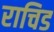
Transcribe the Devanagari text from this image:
राचिड